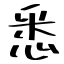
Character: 悉